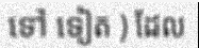
ទៅ ទៀត ) ដែល